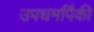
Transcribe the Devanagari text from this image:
उपधर्मांपैकी